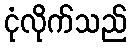
ငုံလိုက်သည်